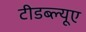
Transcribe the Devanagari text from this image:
टीडब्ल्यूए